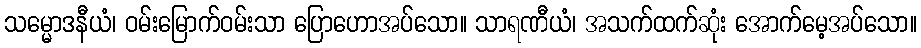
သမ္မောဒနီယံ၊ ဝမ်းမြောက်ဝမ်းသာ ပြောဟောအပ်သော။ သာရဏီယံ၊ အသက်ထက်ဆုံး အောက်မေ့အပ်သော။